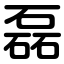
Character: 磊